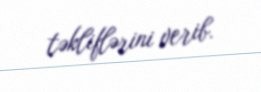
təkliflərini verib.